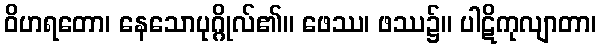
ဝိဟရတော၊ နေသောပုဂ္ဂိုလ်၏။ ဖေဿ၊ ဖဿ၌။ ပါဋိကုလျာတာ၊